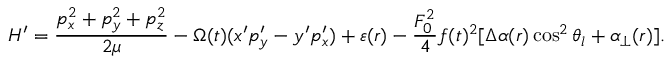
{ \cal H ^ { \prime } } = \frac { p _ { x } ^ { 2 } + p _ { y } ^ { 2 } + p _ { z } ^ { 2 } } { 2 \mu } - \Omega ( t ) ( x ^ { \prime } p _ { y } ^ { \prime } - y ^ { \prime } p _ { x } ^ { \prime } ) + \varepsilon ( r ) - \frac { F _ { 0 } ^ { 2 } } { 4 } f ( t ) ^ { 2 } [ \Delta \alpha ( r ) \cos ^ { 2 } \theta _ { l } + \alpha _ { \bot } ( r ) ] .